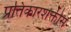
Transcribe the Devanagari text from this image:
प्रतिकारशक्तीस